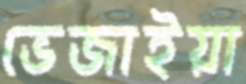
ভেজাইয়া